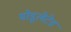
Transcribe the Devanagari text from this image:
मोडूलेटेड